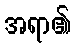
အရာ၏